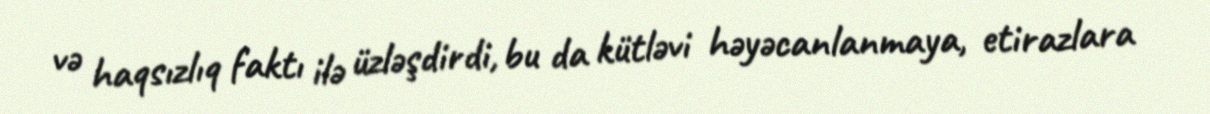
və haqsızlıq faktı ilə üzləşdirdi, bu da kütləvi həyəcanlanmaya, etirazlara